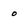
Character: 0